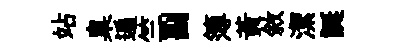
站臬遍竺副簿黄敘潔誕